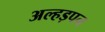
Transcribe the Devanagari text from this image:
अल्हड़पन